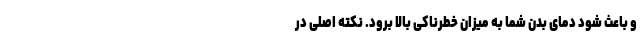
و باعث شود دمای بدن شما به میزان خطرناکی بالا برود. نکته اصلی در